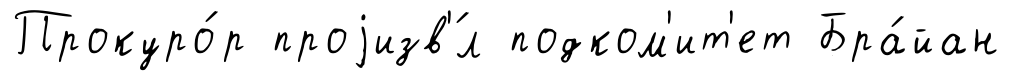
Прокуро́р проjизв'́л подком'ит'ет Бра́йан